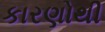
કારણોથી